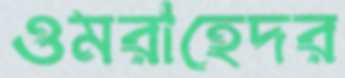
ওমরাহেদর